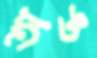
অঙ